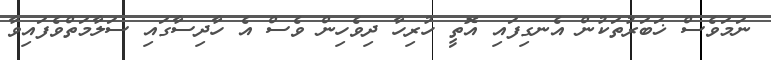
ނަމަަވެސް ޚަބަރުތަކުން އެނގިފައި އޮތީ ހުރިހާ ދިވެހިން ވެސް އެ ހާދިސާގައި ސަލާމަތްވެފައިވާ